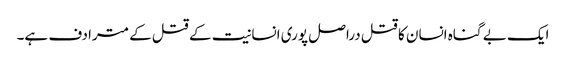
ایک بے گناہ انسان کا قتل دراصل پوری انسانیت کے قتل کے مترادف ہے۔